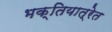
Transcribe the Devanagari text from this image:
भक्तियात्रेत